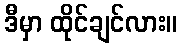
ဒီမှာ ထိုင်ချင်လား။